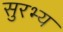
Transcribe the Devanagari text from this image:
सुरभ्य